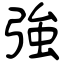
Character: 強